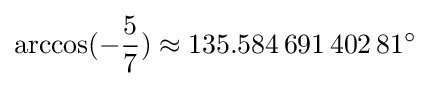
\arccos(-{\frac {5}{7}})\approx 135.584\,691\,402\,81^{\circ }